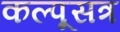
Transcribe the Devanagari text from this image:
कल्पूसत्र